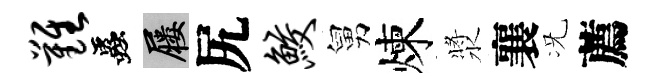
难蟲屨尻鲛舅煉漿襄况薦